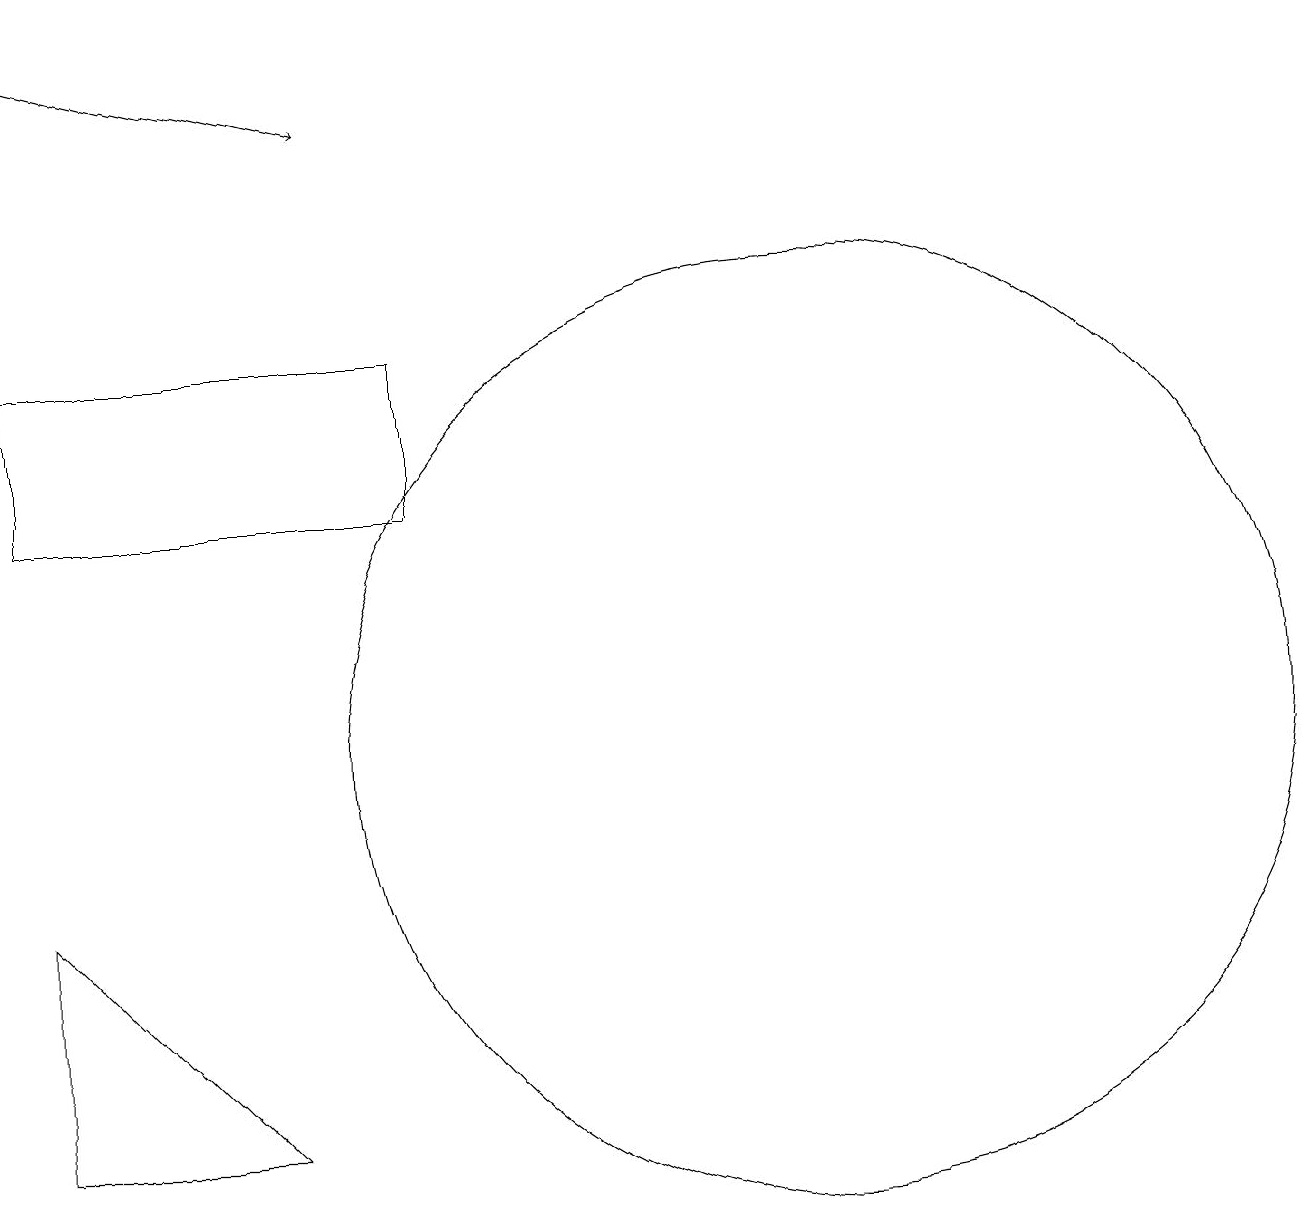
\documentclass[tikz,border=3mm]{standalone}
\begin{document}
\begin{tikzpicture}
\draw[->] (1,19) -- (5,18);
\draw (1,15) rectangle (6,13);
\draw (1,5) -- (4,5) -- (1,8) -- cycle;
\draw (11,10) circle (6);
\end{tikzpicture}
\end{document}